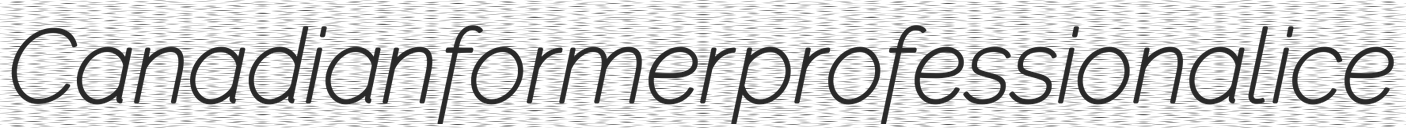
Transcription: Canadian former professional ice